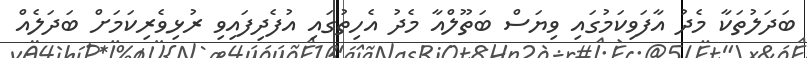
ބަދަލުތަކާ މެދު އާފަވިކަމުގައި ވިޔަސް ބަތޫލްއާ މެދު އެހިތުގައި އުފެދިފައިވި ރުޅިވެރިކަމަށް ބަދަލެއް